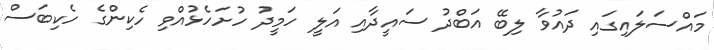
މައްސަލައިގައި ދައުވާ ލިބޭ އަބްދު ސައީދާއި އަލީ ހަމީދު ހުށަހެޅުއްވި ހެކިންގެ ހެކިބަސް